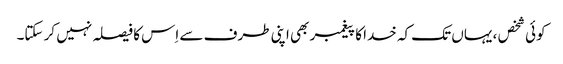
کوئی شخص ، یہاں تک کہ خدا کا پیغمبر بھی اپنی طرف سے اِس کا فیصلہ نہیں کر سکتا۔